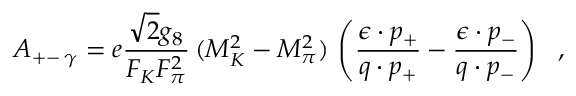
\left. { \cal A } _ { + - \, \gamma } = e \frac { \sqrt { 2 } g _ { 8 } } { F _ { K } F _ { \pi } ^ { 2 } } \, ( M _ { K } ^ { 2 } - M _ { \pi } ^ { 2 } ) \, \left( \frac { \epsilon \cdot p _ { + } } { q \cdot p _ { + } } - \frac { \epsilon \cdot p _ { - } } { q \cdot p _ { - } } \right) \ \ , \right.